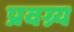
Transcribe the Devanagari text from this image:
प्रवग्र्य